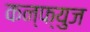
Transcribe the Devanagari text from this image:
कन्फ्युज